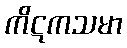
ကိဋကသမာ